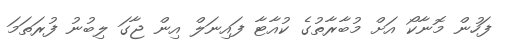
ފަހުން މޮނާކޯ އަށް މުބާރާތުގެ ކުއާޓާ ފައިނަލް އިން ޖާގަ ލިބުނު ފުރަތަމަ